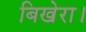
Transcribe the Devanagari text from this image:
बिखेरा।